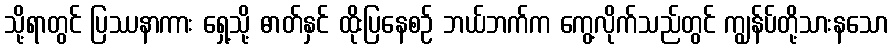
သို့ရာတွင် ပြဿနာကား ရှေ့သို့ ဓာတ်နှင် ထိုးပြနေစဉ် ဘယ်ဘက်က ကွေ့လိုက်သည်တွင် ကျွန်ပ်တို့သားနသော